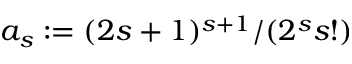
a _ { s } : = ( 2 s + 1 ) ^ { s + 1 } / ( 2 ^ { s } s ! )